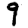
Digit: 9